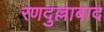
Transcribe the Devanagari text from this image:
रणदुल्लाबाद